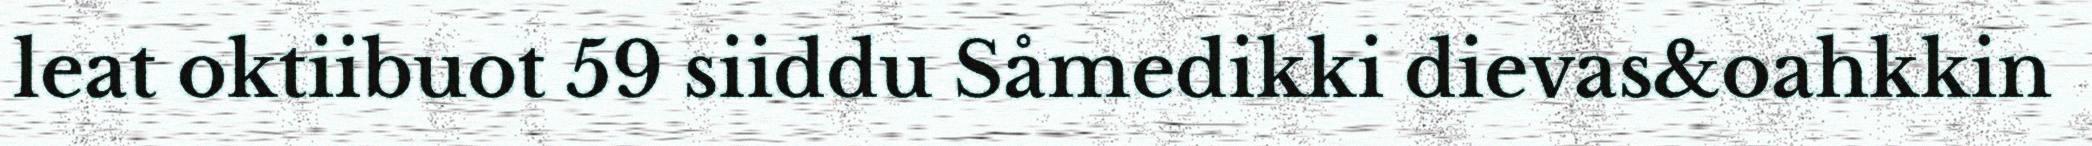
leat oktiibuot 59 siiddu Såmedikki dievas&oahkkin